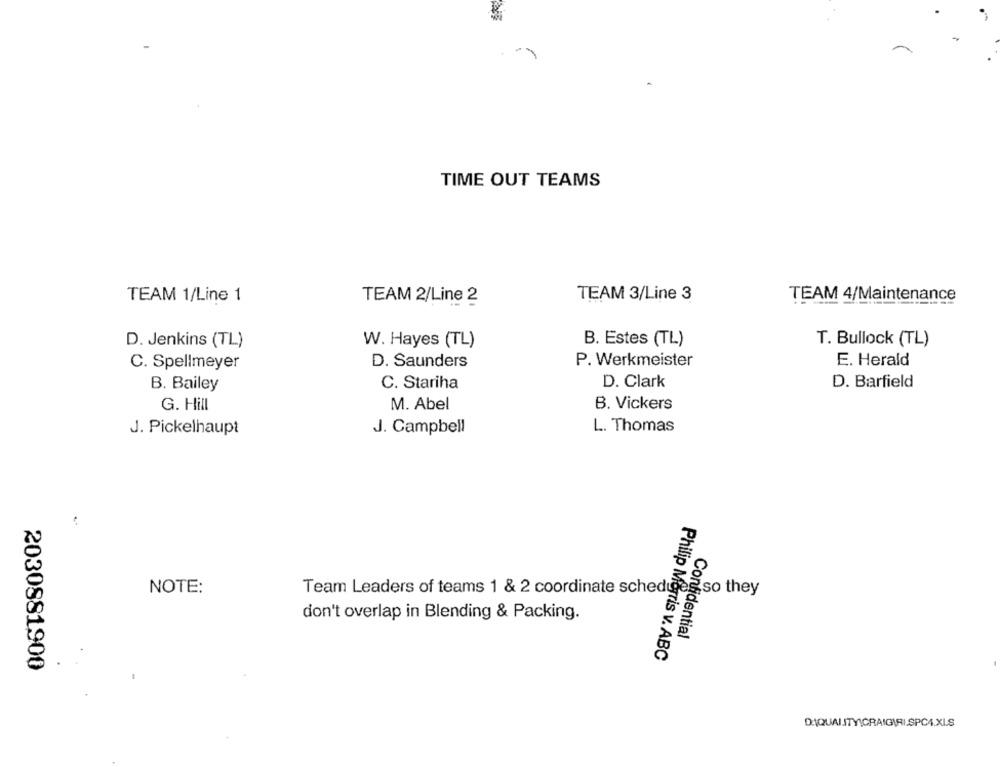
TIME OUT TEAMS
TEAM 1/Line 1
TEAM 2/Line 2
TEAM 3/Line 3
TEAM 4/Maintenance
D. Jenkins (TL)
W. Hayes (TL)
B. Estes (TL)
T. Bullock (TL)
C. Spellmeyer
D. Saunders
P. Werkmeister
E. Herald
D. Clark
D. Barfield
B. Bailey
C. Stariha
M. Abel
B. Vickers
G. Hill
J. Campbell
L. Thomas
J. Pickelhaupt
NOTE:
Team Leaders of teams 1 & 2 coordinate schedules
so they
don't overlap in Blending & Packing.
Confidential
Philip Morris v. ABC
2030981900
DIQUALITYICRAIG\RI.SPC4.XI.S